Annual administration report of the Bombay Presidency - 1887-1892
Year: 1887
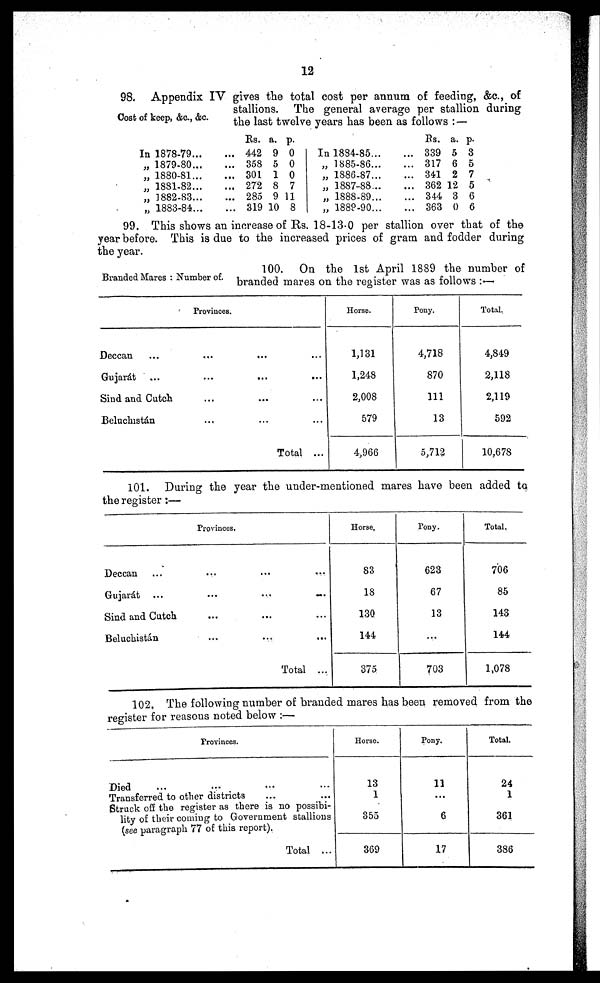
12
Cost of keep, &c., &c.
98. Appendix IV gives the total cost per annum of feeding, &c., of
stallions. The general average per stallion during
the last twelve years has been as follows:—
In 1878-79...
...
„ 1879-80...
...
„ 1880-81...
...
„ 1881-82...
...
„ 1882-83...
...
„ 1883-84...
...
Rs.
442
358
301
272
285
319
a.
9
5
1
8
9
10
p.
0
0
0
7
11
8
In 1884-85... ...
„ 1885-86... ...
„ 1886-87... ...
„ 1887-88... ...
„ 1888-89... ...
„ 1889-90... ...
Rs.
339
317
341
362
344
363
a.
5
6
2
12
3
0
p.
3
5
7
5
6
6
99. This shows an increase of Rs. 18-13-0 per stallion over that of the
year before. This is due to the increased prices of gram and fodder during
the year.
Branded Mares: Number of.
100. On the 1st April 1889 the number of
branded mares on the register was as follows :—
Provinces.
Deccan
...
... ...
Gujarát
...
...
...
...
...
Sind and Cutch
...
...
...
...
Beluchistán
...
...
...
...
Total ...
Horse.
1,131
1,248
2,008
579
4,966
Pony.
4,718
870
111
13
5,712
Total.
4,849
2,118
2,119
592
10,678
101. During the year the under-mentioned mares have been added to
the register:—
Provinces.
Deccan
...
...
...
Gujarát
...
...
......
Sind and Cutch
...
...
...
Beluchistán
...
...
...
Total ...
Horse.
83
18
130
144
375
Pony.
623
67
13
...
703
Total.
706
85
143
144
1,078
102. The following number of branded mares has been removed from the
register for reasons noted below:—
Provinces.
Died ... ... ... ...
Transferred to other districts ... ...
Struck off the register as there is no possibi-
lity of their coming to Government stallions
(see paragraph 77 of this report).
Total ...
Horse.
13
1
355
369
Pony.
11
...
6
17
Total.
24
1
361
386